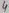
Text: 4